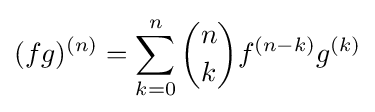
(fg)^{(n)}=\sum _{k=0}^{n}{n \choose k}f^{(n-k)}g^{(k)}